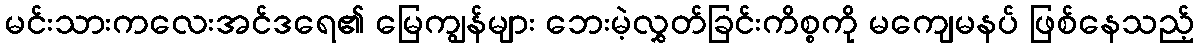
မင်းသားကလေးအင်ဒရေ၏ မြေကျွန်များ ဘေးမဲ့လွှတ်ခြင်းကိစ္စကို မကျေမနပ် ဖြစ်နေသည့်